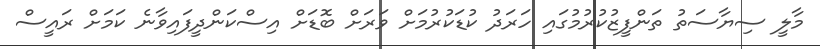
މާލީ ސިޔާސަތު ތަންފީޒުކުރުމުގައި ހަރަދު ކުޑަކުރުމަށް ވަރަށް ބޮޑަށް އިސްކަންދީފައިވާނެ ކަމަށް ރައީސް